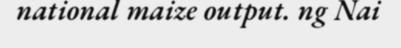
national maize output. ng Nai